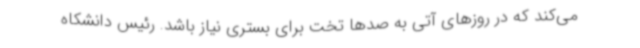
می‌کند که در روزهای آتی به صدها تخت برای بستری نیاز باشد. رئیس دانشکاه